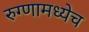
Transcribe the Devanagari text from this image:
रुग्णामध्येच